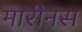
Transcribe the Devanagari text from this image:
मारीनस